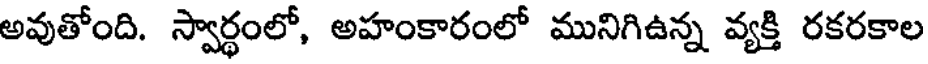
అవుతోంది. స్వార్థంలో, అహంకారంలో మునిగిఉన్న వ్యక్తి రకరకాల